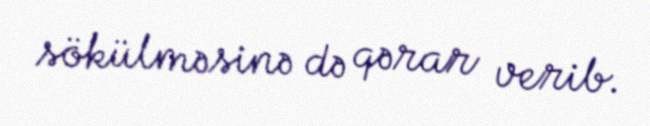
sökülməsinə də qərar verib.